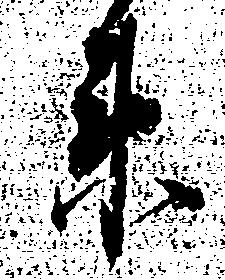
衛